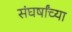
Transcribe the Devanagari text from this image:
संघर्षांच्या